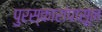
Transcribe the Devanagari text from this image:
पुरस्कारांपासून